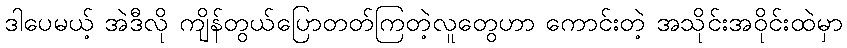
ဒါပေမယ့် အဲဒီလို ကျိန်တွယ်ပြောတတ်ကြတဲ့လူတွေဟာ ကောင်းတဲ့ အသိုင်းအဝိုင်းထဲမှာ